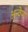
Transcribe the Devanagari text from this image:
अन्वेण